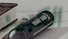
الكبير